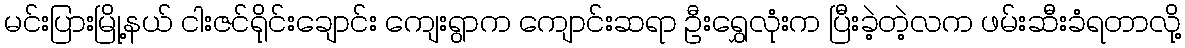
မင်းပြားမြို့နယ် ငါးဇင်ရိုင်းချောင်း ကျေးရွာက ကျောင်းဆရာ ဦးရွှေလုံးက ပြီးခဲ့တဲ့လက ဖမ်းဆီးခံရတာလို့